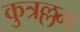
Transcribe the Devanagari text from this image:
कुत्रल्लम